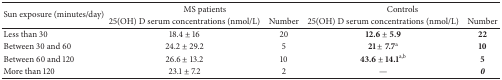
<table><thead><tr><td rowspan="2"><b>Sun exposure (minutes/day)</b></td><td><b> </b></td><td colspan="2"><b>MS patients</b></td><td colspan="2"><b>Controls</b></td></tr><tr><td><b> </b></td><td><b>25(OH) D serum concentrations (nmol/L)</b></td><td><b>Number</b></td><td><b>25(OH) D serum concentrations (nmol/L)</b></td><td><b>Number</b></td></tr></thead><tbody><tr><td>Less than 30</td><td> </td><td>18.4 ± 16</td><td>20</td><td><b>12.6</b> ± <b>5.9</b></td><td><b>22</b></td></tr><tr><td>Between 30 and 60 </td><td> </td><td>24.2 ± 29.2</td><td>5</td><td><b>21</b> ± <b>7.7</b><sup>a</sup></td><td><b>10</b></td></tr><tr><td>Between 60 and 120 </td><td> </td><td>26.6 ± 13.2</td><td>10</td><td><b>43.6</b> ± <b>14.1</b><sup>a,b</sup></td><td><b>5</b></td></tr><tr><td>More than 120 </td><td> </td><td>23.1 ± 7.2</td><td>2</td><td>—</td><td><b><i>0</i></b></td></tr></tbody></table>